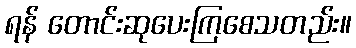
ရန် တောင်းဆုပေးကြစေသတည်း။